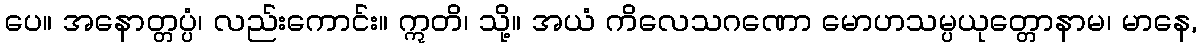
ပေ။ အနောတ္တပ္ပံ၊ လည်းကောင်း။ ဣတိ၊ သို့။ အယံ ကိလေသဂဏော မောဟသမ္ပယုတ္တောနာမ၊ မာနေ,